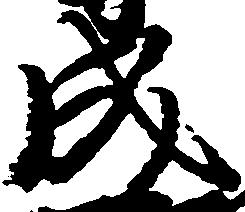
成